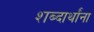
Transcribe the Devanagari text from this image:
शब्दार्थांना